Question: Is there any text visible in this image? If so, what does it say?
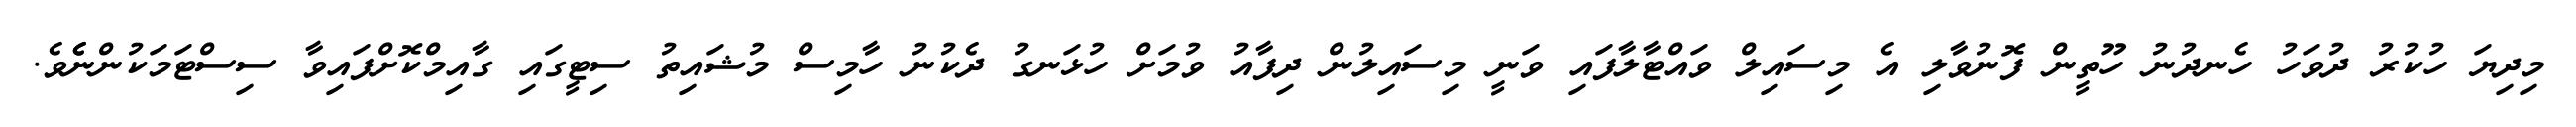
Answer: މިދިޔަ ހުކުރު ދުވަހު ހެނދުނު ހޫތީން ފޮނުވާލި އެ މިސައިލް ވައްޓާލާފައި ވަނީ މިސައިލުން ދިފާއު ވުމަށް ހުޅަނގު ދެކުނު ހާމިސް މުޝައިތު ސިޓީގައި ގާއިމްކޮށްފައިވާ ސިސްޓަމަކުންނެެވެ.